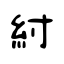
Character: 紂